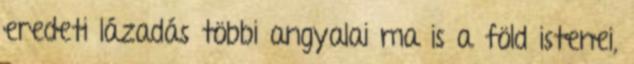
eredeti lázadás többi angyalai ma is a föld istenei,